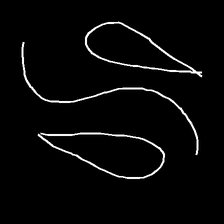
Glyph: water